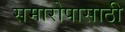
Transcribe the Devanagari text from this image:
समारोपासाठी